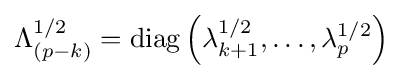
\Lambda _{(p-k)}^{1/2}=\operatorname {diag} \left(\lambda _{k+1}^{1/2},\ldots ,\lambda _{p}^{1/2}\right)